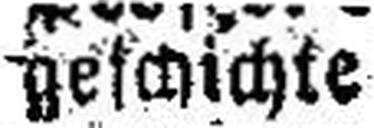
geschichte